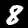
Digit: 8